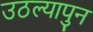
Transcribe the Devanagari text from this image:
उठल्यापुन